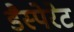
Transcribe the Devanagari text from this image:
डैस्पेरेट